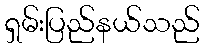
ရှမ်းပြည်နယ်သည်